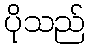
ပိုသည်